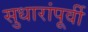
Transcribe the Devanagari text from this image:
सुधारांपूर्वी